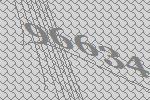
96634